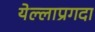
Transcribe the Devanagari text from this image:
येल्लाप्रगदा